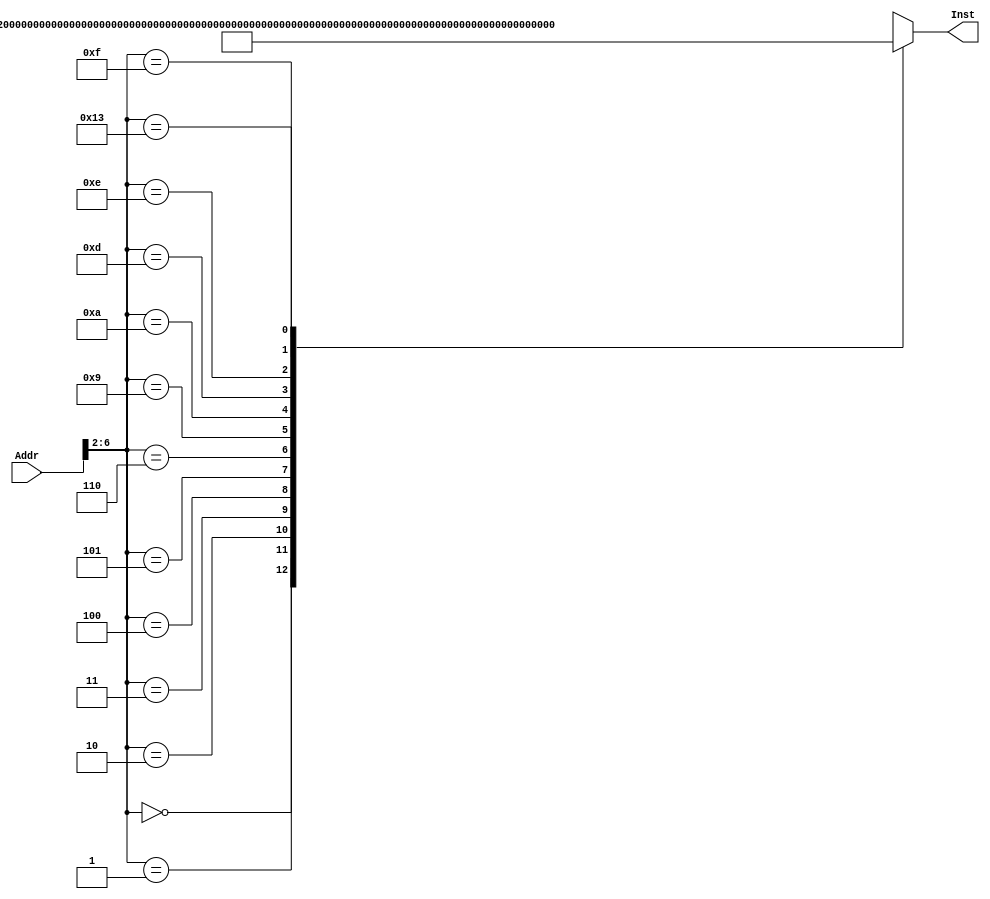

`timescale 1ns / 1ps

module INSTMEM(Addr,Inst);//?????
input[31:0]Addr;
//input InsMemRW;//???'0'?????????????????
output[31:0]Inst;
wire[31:0]Rom[31:0];
assign Rom[5'h00]=32'h20010008;//addi $1,$0,8 $1=8
assign Rom[5'h01]=32'h3402000C;//ori $2,$0,12 $2=12
assign Rom[5'h02]=32'h00221820;//add $3,$1,$2 $3=20
assign Rom[5'h03]=32'h00412022;//sub $4,$2,$1 $4=4
assign Rom[5'h04]=32'h00222824;//and $5,$1,$2
assign Rom[5'h05]=32'h00223025;//or $6,$1,$2
assign Rom[5'h06]=32'h14220002;//bne $1,$2,2
assign Rom[5'h07]=32'hXXXXXXXX;
assign Rom[5'h08]=32'hXXXXXXXX;
assign Rom[5'h09]=32'h10220002;// beq $1,$2,2
assign Rom[5'h0A]=32'h0800000D;// J 0D 
assign Rom[5'h0B]=32'hXXXXXXXX;
assign Rom[5'h0C]=32'hXXXXXXXX;
assign Rom[5'h0D]=32'hAD02000A;// sw $2 10($8) memory[$8+10]=12
assign Rom[5'h0E]=32'h8D04000A;//lw $4 10($8) $4=12
assign Rom[5'h0F]=32'h10440003;//beq $2,$4,3
assign Rom[5'h10]=32'hXXXXXXXX;
assign Rom[5'h11]=32'hXXXXXXXX;
assign Rom[5'h12]=32'hXXXXXXXX;
assign Rom[5'h13]=32'h30470009;//andi $2,9,$7
assign Rom[5'h14]=32'hXXXXXXXX;
assign Rom[5'h15]=32'hXXXXXXXX;
assign Rom[5'h16]=32'hXXXXXXXX;
assign Rom[5'h17]=32'hXXXXXXXX;
assign Rom[5'h18]=32'hXXXXXXXX;
assign Rom[5'h19]=32'hXXXXXXXX;
assign Rom[5'h1A]=32'hXXXXXXXX;
assign Rom[5'h1B]=32'hXXXXXXXX;
assign Rom[5'h1C]=32'hXXXXXXXX;
assign Rom[5'h1D]=32'hXXXXXXXX;
assign Rom[5'h1E]=32'hXXXXXXXX;
assign Rom[5'h1F]=32'hXXXXXXXX;
assign Inst=Rom[Addr[6:2]];
endmodule